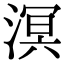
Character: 溟